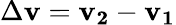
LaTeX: \Delta\mathbf{v}=\mathbf{v_{2}}-\mathbf{v_{1}}